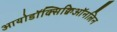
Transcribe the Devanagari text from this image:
आयोडॉक्सिक्विऑनलिन